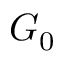
G _ { 0 }